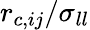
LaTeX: r_{c,ij}/\sigma_{ll}